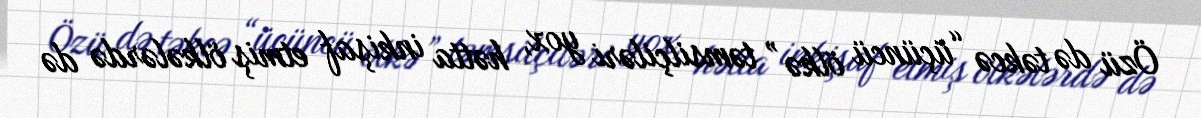
Özü də təkcə “üçüncü ölkə” təmsilçiləri yox, hətta inkişaf etmiş ölkələrdə də